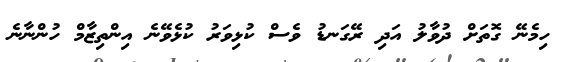
ހިމެނޭ ގޮތަށް ދުވާލު އަދި ރޭގަނޑު ވެސް ކުޅިވަރު ކުޅެވޭނެ އިންތިޒާމް ހުންނާނެ